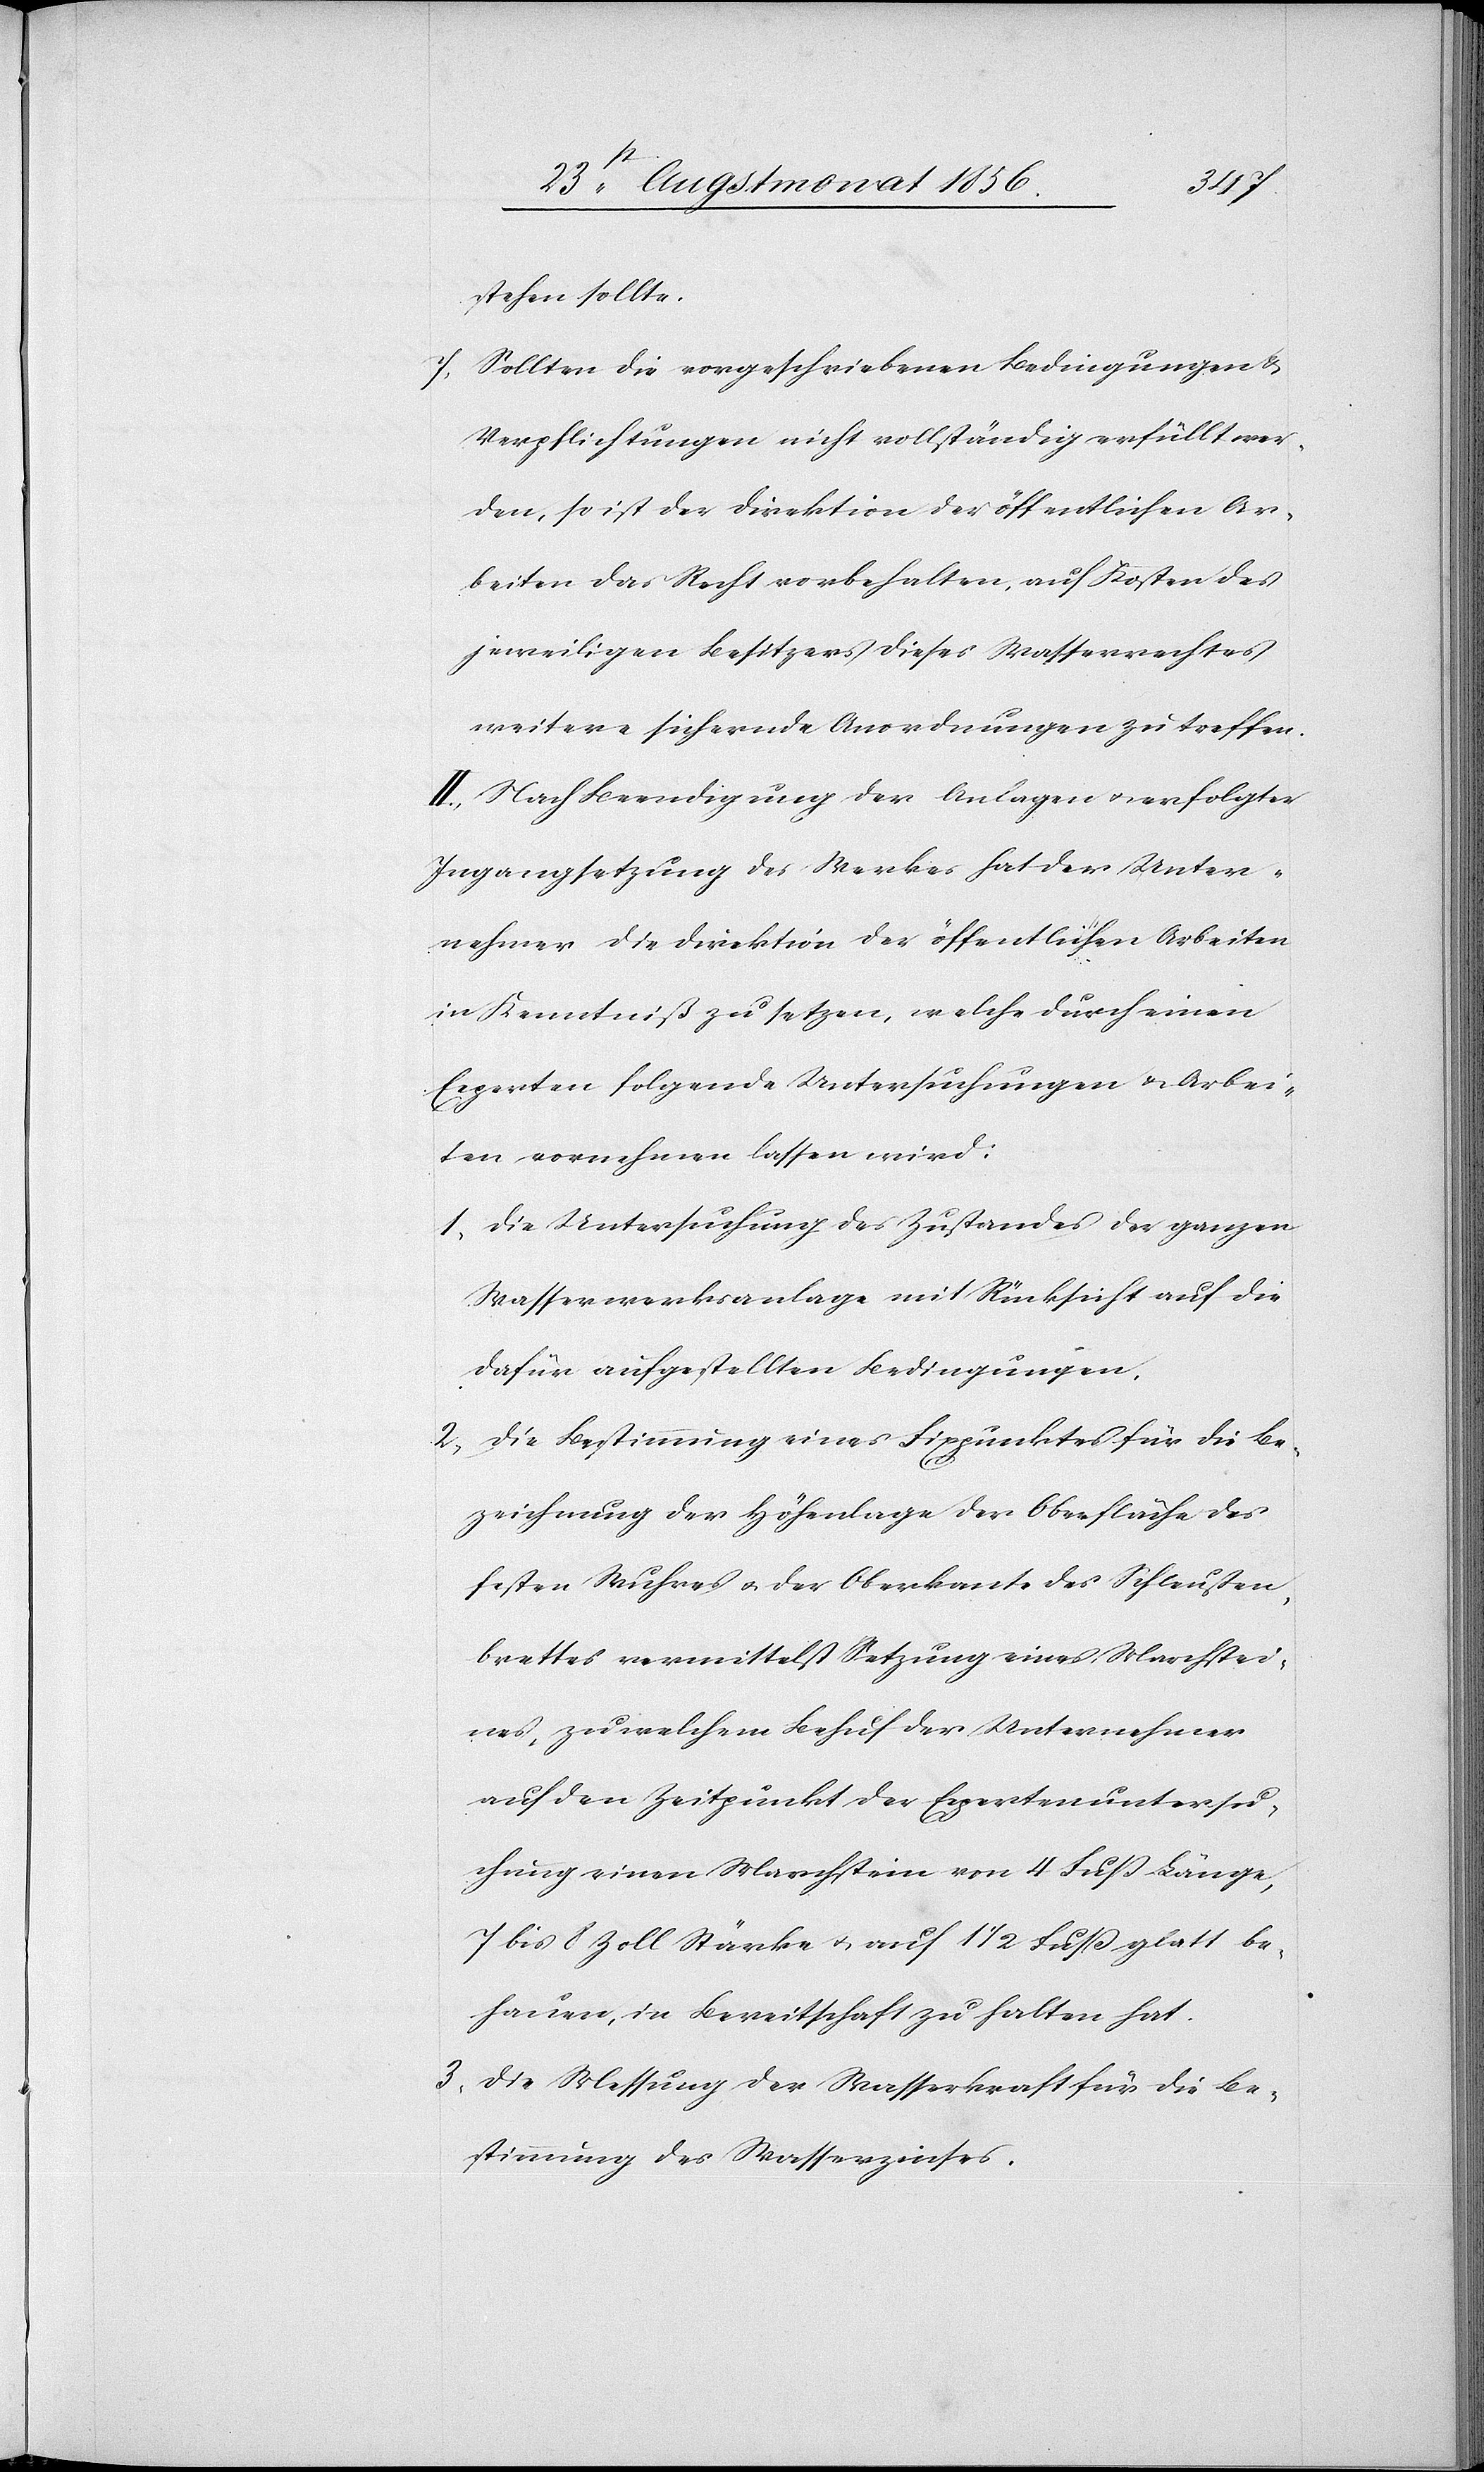
stehen sollte.
7.) Sollten die vorgeschriebenen Bedingungen &
Verpflichtungen nicht vollständig erfüllt wer¬
den, so ist der Direktion der öffentlichen Ar¬
beiten das Recht vorbehalten, auf Kosten des
jeweiligen Besitzers dieses Wasserrechtes
weitere sichernde Anordnungen zu treffen.
II.) Nach Beendigung der Anlagen u. erfolgter
Ingangsetzung des Werkes hat der Unter¬
nehmer die Direktion der öffentlichen Arbeiten
in Kenntniß zu setzen, welche durch einen
Experten folgende Untersuchungen & Arbei¬
ten vornehmen lassen wird:
1) die Untersuchung des Zustandes der ganzen
Wasserwerksanlage mit Rücksicht auf die
dafür aufgestellten Bedingungen.
2) die Bestimmung eines Fixpunktes für die Be¬
zeichnung der Höhenlage der Oberfläche des
festen Wuhres u. der Oberkante des Schleußen¬
brettes vermittelst Setzung eines Marchstei¬
nes, zu welchem Behuf der Unternehmer
auf den Zeitpunkt der Expertenuntersu¬
chung einen Marchstein von 4 Fuss Länge,
7 bis 8 Zoll Stärke u. auf 1 1/2 Fuss glatt be¬
hauen, in Bereitschaft zu halten hat.
3) die Messung der Wasserkraft für die Be¬
stimmung des Wasserzinses.